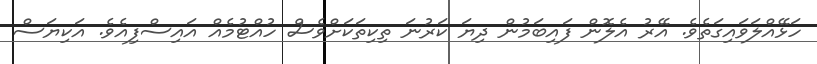
ހަޅޭއްލަވައިގަތެވެ. އޭރު އެލޮން ފައިބަމުން ދިޔަ ކަރުނަ ތިކިތަކަށްވެސް ހުއްޓުމެއް އައިސްފިއެވެ. އަކިޔަސް